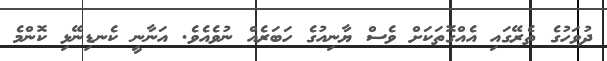
ދުވަހުގެ ތެރޭގައި އެއްގޮތަކަށް ވެސް ޔާނިއުގެ ހަބަރެއް ނުވެއެވެ. އަނާނީ ކެނޑިނޭޅި ކޮންމެ